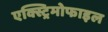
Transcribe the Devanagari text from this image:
एक्स्ट्रिमोफाइल